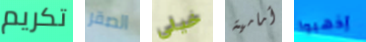
تكريم الصقر خيالي أمامية إذهبوا